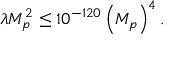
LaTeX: \lambda M _ { p } ^ { 2 } \leq 1 0 ^ { - 1 2 0 } \left( M _ { p } \right) ^ { 4 } .